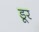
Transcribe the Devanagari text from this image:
डूर